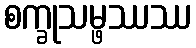
စက္ခုသမ္ဖဿဿ